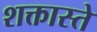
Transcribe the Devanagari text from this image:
शक्तास्ते